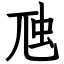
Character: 虺